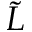
\Tilde { L }